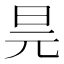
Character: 𭥖